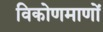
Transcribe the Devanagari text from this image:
विकोणमाणों